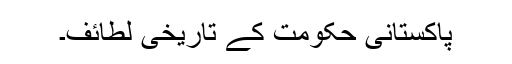
پاکستانی حکومت کے تاریخی لطائف۔